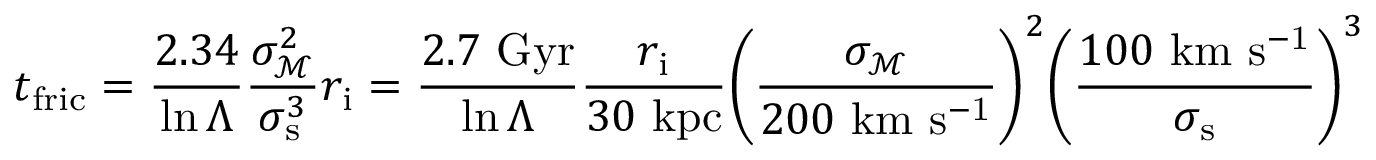
t _ { \mathrm { f r i c } } = { \frac { 2 . 3 4 } { \ln \Lambda } } { \frac { \sigma _ { \mathcal { M } } ^ { 2 } } { \sigma _ { \mathrm { s } } ^ { 3 } } } r _ { \mathrm { i } } = { \frac { 2 . 7 \ \mathrm { G y r } } { \ln \Lambda } } { \frac { r _ { \mathrm { i } } } { 3 0 \ \mathrm { k p c } } } { \bigg ( } { \frac { \sigma _ { \mathcal { M } } } { 2 0 0 \ \mathrm { k m } \ \mathrm { s ^ { - 1 } } } } { \bigg ) } ^ { 2 } { \bigg ( } { \frac { 1 0 0 \mathrm { \ k m \ s ^ { - 1 } } } { \sigma _ { \mathrm { s } } } } { \bigg ) } ^ { 3 }